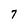
Character: 7